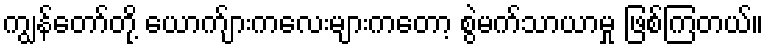
ကျွန်တော်တို့ ယောက်ျားကလေးများကတော့ စွဲမက်သာယာမှု ဖြစ်ကြတယ်။